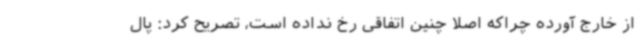
از خارج آورده چراکه اصلا چنین اتفاقی رخ نداده است، تصریح کرد: پال